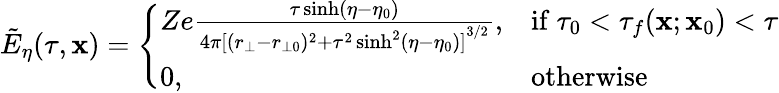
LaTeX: \tilde{E}_{\eta}(\tau,\mathbf{x})=\left\{ \begin{array}{ll}{Ze\frac{\tau\sinh(\eta-\eta_{0})}{4\pi{[(r_{\bot}-r_{\bot 0})^{2}+\tau^{2}\sinh^{2}(\eta-\eta_{0})]}^{3/2}},}&{\mathrm{if~}\tau_{0}<\tau_{f}(\mathbf{x};\mathbf{x}_{0})<\tau}\\ {0,}&{\mathrm{otherwise}}\end{array}\right.